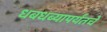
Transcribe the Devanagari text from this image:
धबधब्यापर्यंतचे